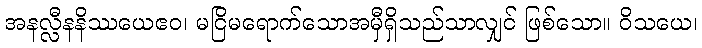
အနလ္လီနနိဿယေဧဝ၊ မငြိမရောက်သောအမှီရှိသည်သာလျှင် ဖြစ်သော။ ဝိသယေ၊